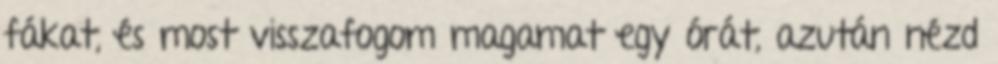
fákat, és most visszafogom magamat egy órát, azután nézd